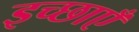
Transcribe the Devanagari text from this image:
इच्‍छाएँ